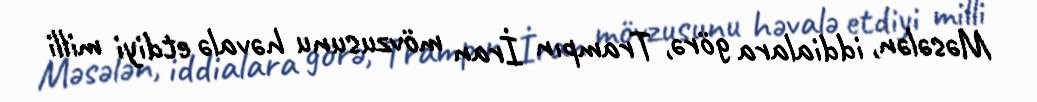
Məsələn, iddialara görə, Trampın İran mövzusunu həvalə etdiyi milli